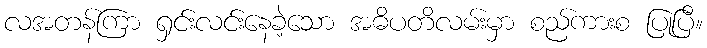
လအတန်ကြာ ရှင်းလင်းနေခဲ့သော အဓိပတိလမ်းမှာ စည်ကားစ ပြုပြီ။